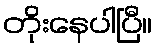
တိုးနေပါပြီ။